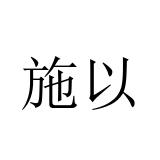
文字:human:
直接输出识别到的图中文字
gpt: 施以